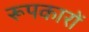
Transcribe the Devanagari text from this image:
रूपकारों